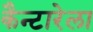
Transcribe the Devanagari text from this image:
कैन्टारेला